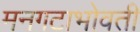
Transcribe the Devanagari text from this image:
मनगटाभोवती